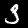
Label: 3